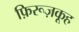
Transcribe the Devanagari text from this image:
फ़िरूज़कूह